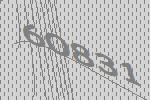
60831